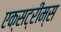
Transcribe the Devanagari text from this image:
एक्सट्रीम्स